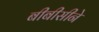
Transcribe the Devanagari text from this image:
बीबीसीने